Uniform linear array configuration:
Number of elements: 64
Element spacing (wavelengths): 1
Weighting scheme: blackman
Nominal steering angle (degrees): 15
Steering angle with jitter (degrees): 16.227
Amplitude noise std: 0.05
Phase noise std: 0.05

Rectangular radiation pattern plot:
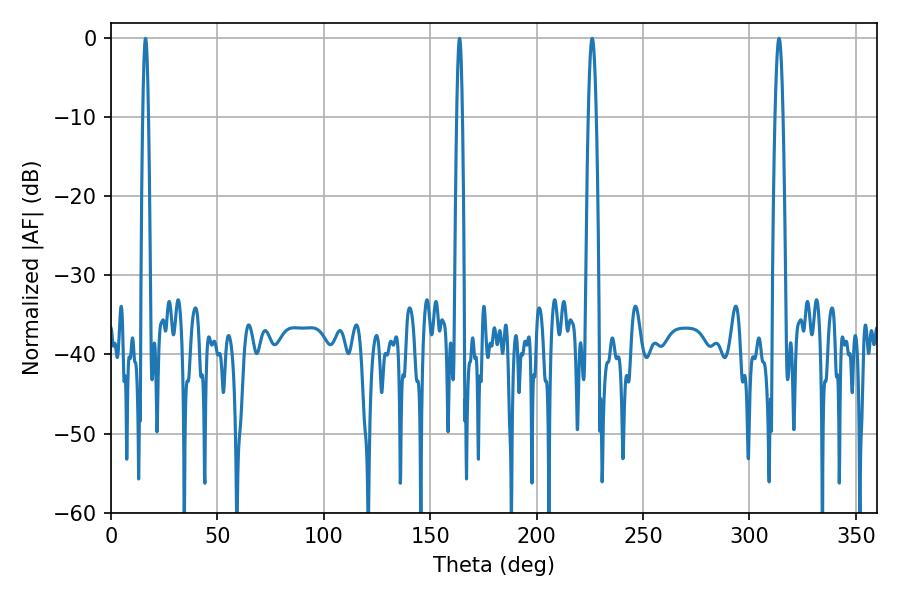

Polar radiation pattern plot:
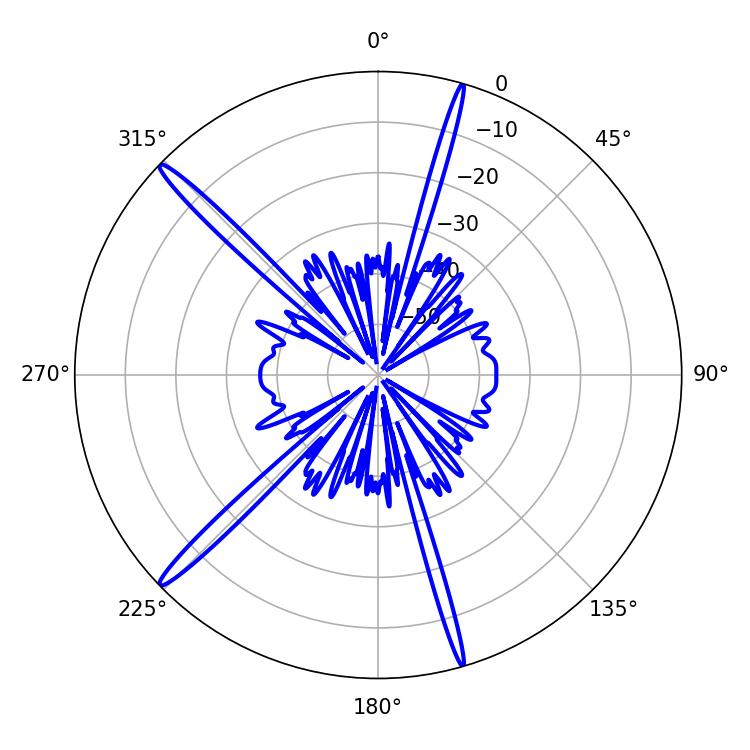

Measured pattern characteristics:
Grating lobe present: TRUE
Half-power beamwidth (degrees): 1.98
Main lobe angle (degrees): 226.08